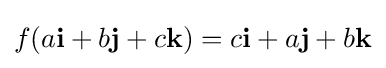
f(a\mathbf {i} +b\mathbf {j} +c\mathbf {k} )=c\mathbf {i} +a\mathbf {j} +b\mathbf {k}